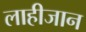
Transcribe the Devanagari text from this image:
लाहीजान